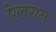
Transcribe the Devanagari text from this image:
ऐलगन